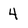
Character: 4